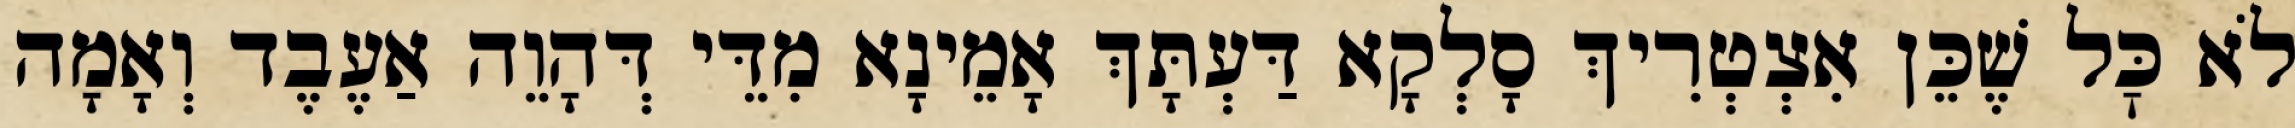
לֹא כׇּל שֶׁכֵּן אִצְטְרִיךְ סָלְקָא דַּעְתָּךְ אָמֵינָא מִדֵּי דְּהָוֵה אַעֶבֶד וְאָמָה